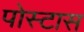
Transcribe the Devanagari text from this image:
पोस्टास